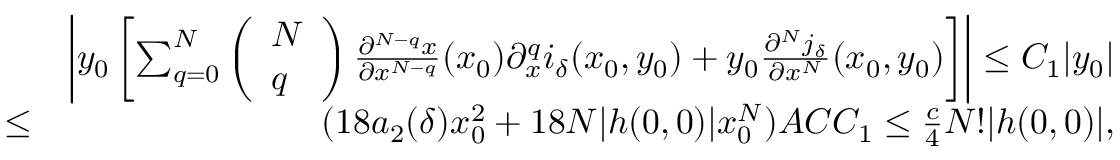
\begin{array} { r l r } & { } & { \left| y _ { 0 } \left[ \sum _ { q = 0 } ^ { N } \left( \begin{array} { l } { N } \\ { q } \end{array} \right) \frac { \partial ^ { N - q } x } { \partial x ^ { N - q } } ( x _ { 0 } ) \partial _ { x } ^ { q } i _ { \delta } ( x _ { 0 } , y _ { 0 } ) + y _ { 0 } \frac { \partial ^ { N } j _ { \delta } } { \partial x ^ { N } } ( x _ { 0 } , y _ { 0 } ) \right] \right| \leq C _ { 1 } | y _ { 0 } | } \\ & { \leq } & { ( 1 8 a _ { 2 } ( \delta ) x _ { 0 } ^ { 2 } + 1 8 N | h ( 0 , 0 ) | x _ { 0 } ^ { N } ) A C C _ { 1 } \leq \frac { c } { 4 } N ! | h ( 0 , 0 ) | , } \end{array}